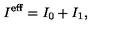
I ^ { \mathrm { e f f } } = I _ { 0 } + I _ { 1 } ,